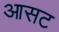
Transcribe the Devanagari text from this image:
आसट